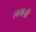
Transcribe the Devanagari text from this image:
लमनी